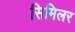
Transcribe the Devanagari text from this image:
सिमिलर